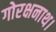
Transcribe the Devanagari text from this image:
गोरक्षनाथ।